King Institute of Preventive Medicine Micro-Biological Section reports 1909-11
Year: 1909
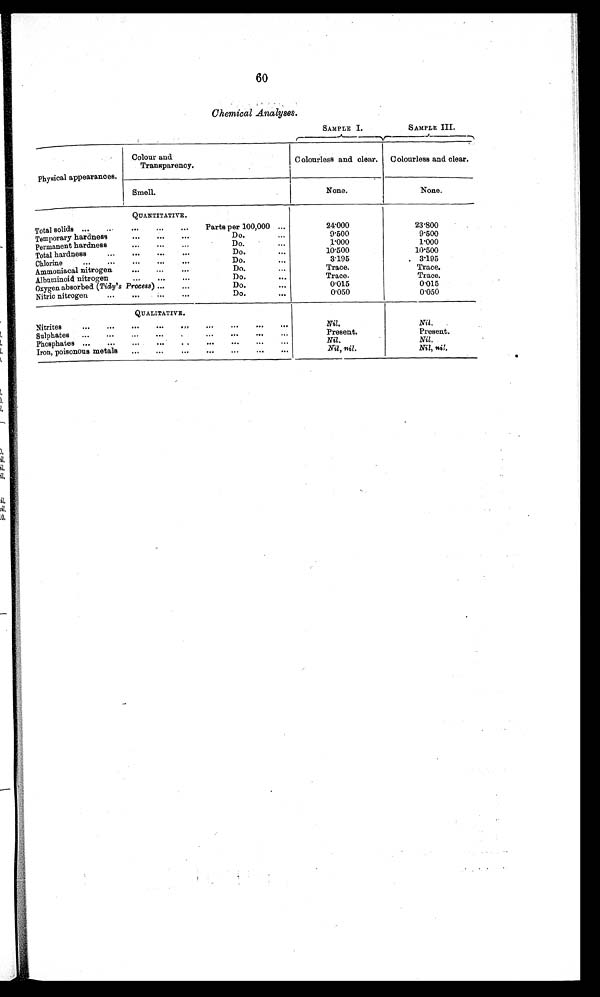
60
SAMPLE I.
SAMPLE III.
Physical appearances.
Colour and
Transparency.
C olourless and clear.
Colourless and clear.
Smell.
None.
None.
QUANTITATIVE.
Total solids ''.
..
..
..
'''
Parts per 100,000 .''
24.000
23.800
Temporary hardness
..
..
'''
Do.
.'.
9.500
9.500
Permanent hardness
...
...
''.
Do.
''.
1.000
1.000
Total hardness
...
.....
Do.
'..
10.500
10.500
Chlorine
'''
..'
...
".
'..
Do.
.''
3.195
3 . 1 9 5
Ammoniacal nitrogen
..
. ..
Do'
T r a c e .
Trace.
Albuminoid nitrogen
...
'''
''.
Do.
.'.
T r a c e .
Trace.
Oxygen absorbed (Tidy's Process) ..'
'..
Do.
. .
0.015
0.015
Nitric nitrogen
..'
..
"'
. .
Do.
'..
0.050
0.050
QUALITATIVE.
60 6
Nit rites
Nil.
Nil.
Sulphates
Present.
Present.
Phosphates ...
'.'
..'
...
..
..
' ' 6
' "
Nil.
Nil.
Iron, poisonous metals
,'.
...
..'
"'
' 6 . ' ' 6
Nil, nil.
Nil, nil.